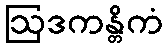
ဩဒကန္တိကံ